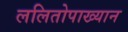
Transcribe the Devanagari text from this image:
ललितोपाख्यान